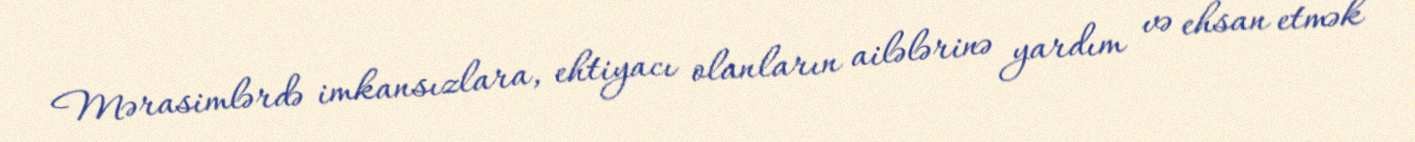
Mərasimlərdə imkansızlara, ehtiyacı olanların ailələrinə yardım və ehsan etmək